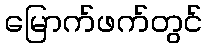
မြောက်ဖက်တွင်